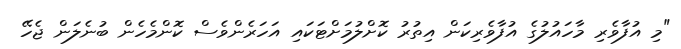
"މި އުފާވެރި މާހައުލުގެ އުފާވެރިކަން އިތުރު ކޮށްލުމަށްޓަކައި އަހަރެންވެސް ކޮންމެހެން ބުނެލަން ޖެހޭ